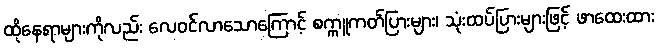
ထိုနေရာများကိုလည်း လေဝင်လာသောကြောင့် စက္ကူကတ်ပြားများ၊ သုံးထပ်ပြားများဖြင့် ဖာထေးထား